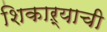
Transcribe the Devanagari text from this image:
शिकाऱ्याची